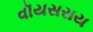
વૉયસરાય